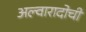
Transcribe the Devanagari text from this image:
अल्वारादोची